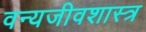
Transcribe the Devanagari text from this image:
वन्यजीवशास्त्र